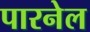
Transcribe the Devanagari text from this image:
पारनेल